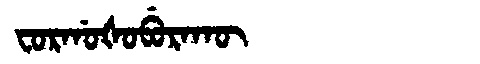
Manchu: ᠸᠣᡵᡤᠣᡧᠣᠪᡠᡵᠠᡴᡡ
Romanization: FORGOŠOBURAKŪ